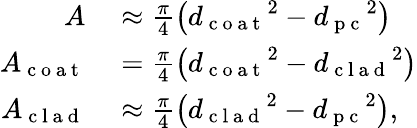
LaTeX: \begin{array}{rl}{A}&{{}\approx\frac{\pi}{4}\left({d_{\mathrm{~c~o~a~t~}}}^{2}-{d_{\mathrm{~p~c~}}}^{2}\right)}\\ {A_{\mathrm{~c~o~a~t~}}}&{{}=\frac{\pi}{4}\left({d_{\mathrm{~c~o~a~t~}}}^{2}-{d_{\mathrm{~c~l~a~d~}}}^{2}\right)}\\ {A_{\mathrm{~c~l~a~d~}}}&{{}\approx\frac{\pi}{4}\left({d_{\mathrm{~c~l~a~d~}}}^{2}-{d_{\mathrm{~p~c~}}}^{2}\right),}\end{array}